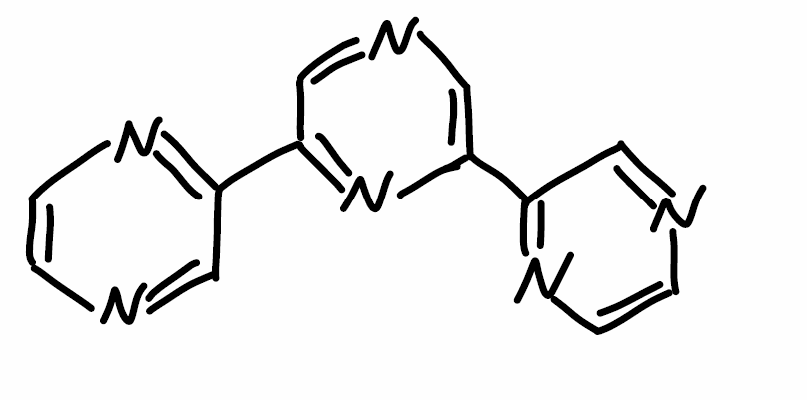
Simplified molecular-input line-entry system (SMILES) notation of the given molecule:
C1=CN=C(C=N1)C2=CN=CC(=N2)C3=NC=CN=C3